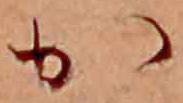
か